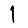
Digit: 1